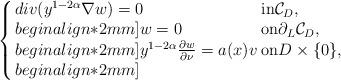
LaTeX: \begin{align*}\left\{ \arraycolsep=1.5pt\begin{array}{lll}div(y^{1-2\alpha}\nabla w)=0\;\; &{\rm in}\mathcal{ C}_D, \\begin{align*}2mm] w=0 & {\rm on}\partial_L \mathcal{ C}_D , \\begin{align*}2mm] y^{1-2\alpha}\frac{\partial w}{\partial \nu}=a(x)v & {\rm on}D\times\{0\}, \\begin{align*}2mm] \end{array} \right. \end{align*}